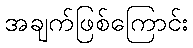
အချက်ဖြစ်ကြောင်း